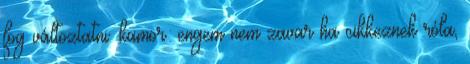
fog változtatni. kamor: engem nem zavar ha cikkeznek róla,